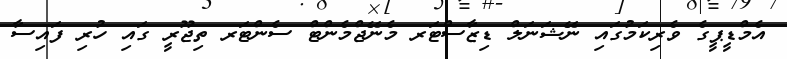
އެމްޑީޕީގެ ވެރިކަމުގައި ނޭޝަނަލް ޑިޒާސްޓަރ މެނޭޖްމެންޓް ސެންޓަރ ތިޖޫރީ ގައި ހުރި ފައިސާ